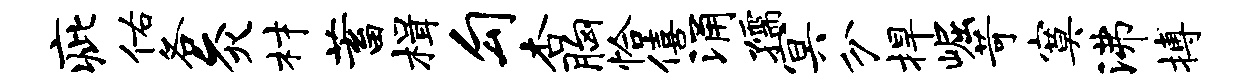
疵佑各灸材蓄楫勾杏胸恰僖涌孺冥分捍崛苛寞沸搏